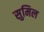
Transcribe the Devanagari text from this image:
सुमिल